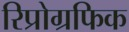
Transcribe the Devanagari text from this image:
रिप्रोग्रफिक